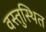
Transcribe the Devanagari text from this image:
वस्तुस्थित